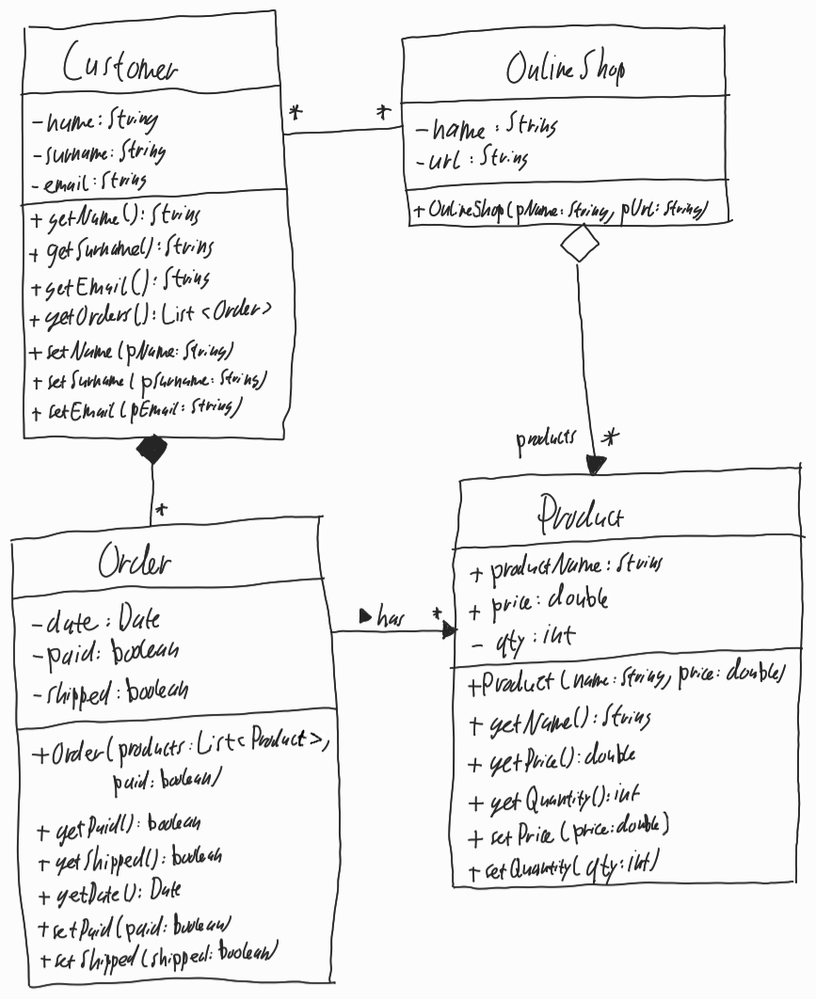
Diagram type: class_diagram
```plantuml
@startuml

class Customer {
  - name: String
  - surname: String
  - email: String
  + getName(): String
  + getSurname(): String
  + getEmail(): String
  + getOrders(): List<Order>
  + setName(pName: String)
  + setSurname(pSurname: String)
  + setEmail(pEmail: String)
}

class OnlineShop {
  - name: String
  - url: String
  + OnlineShop(pName: String, pUrl: String)
}

class Product {
  + productName: String
  + price: double
  - qty: int
  + Product(name: String, price: double)
  + getName(): String
  + getPrice(): double
  + getQuantity(): int
  + setPrice(price: double)
  + setQuantity(qty: int)
}

class Order {
  - date: Date
  - paid: boolean
  - shipped: boolean
  + Order(products: List<Product>. paid: boolean)
  + getPaid(): boolean
  + getShipped(): boolean
  + getDate(): Date
  + setPaid(paid: boolean)
  + setShipped(shipped: boolean)
}

Customer "*" -- "*" OnlineShop
Customer *-- "*" Order

OnlineShop o--> "products *" Product

Order -- "*" Product : has >

@enduml
```